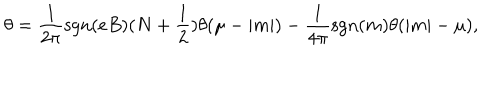
\theta = \frac { 1 } { 2 \pi } \mathrm { s g n } ( e B ) ( N + \frac { 1 } { 2 } ) \theta ( \mu - | m | ) - \frac { 1 } { 4 \pi } \mathrm { s g n } ( m ) \theta ( | m | - \mu ) ,